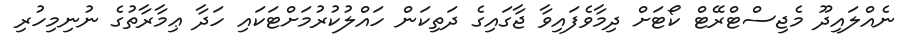
ނެއްލައިދޫ މެޖިސްޓްރޭޓް ކޯޓަށް ދިމާވެފައިވާ ޖާގައިގެ ދަތިކަން ހައްލުކުރުމަށްޓަކައި ހަދާ ޢިމާރާތުގެ ނުނިމިހުރި